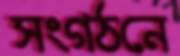
সংগঠনে